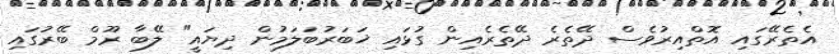
އެތެރޭގައި އޮތްއިރުވެސް ދޭތެރެ ދޭތެރެއިން ގުޅައި ޚަބަރުބަލަމުން ދިޔައީ" ލޭބާ ރޫމް ބޭރުގައި